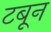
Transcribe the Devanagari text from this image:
टबून